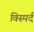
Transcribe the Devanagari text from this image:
विस्पर्द